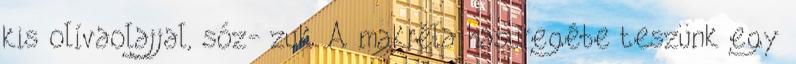
kis olívaolajjal, sóz- zuk. A makréla hasüregébe teszünk egy